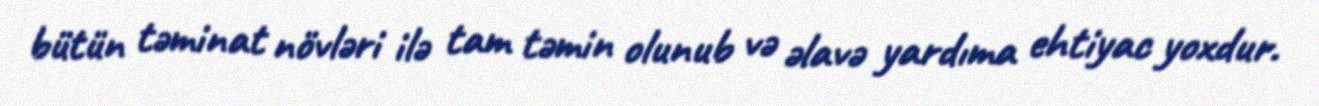
bütün təminat növləri ilə tam təmin olunub və əlavə yardıma ehtiyac yoxdur.